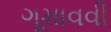
ગૂમાવવી